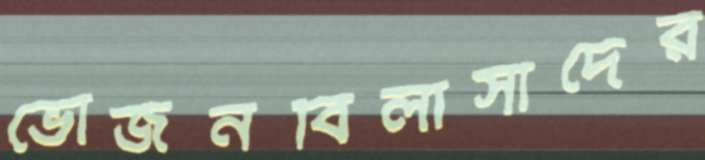
ভোজনবিলাসীদের